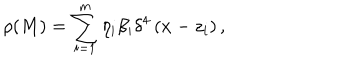
\rho ( M ) = \sum _ { i = 1 } ^ { m } \eta _ { i } \beta _ { i } \delta ^ { 4 } \left( x - z _ { i } \right) ,